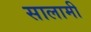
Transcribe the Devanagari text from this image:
सालामी